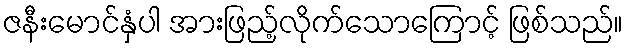
ဇနီးမောင်နှံပါ အားဖြည့်လိုက်သောကြောင့် ဖြစ်သည်။